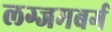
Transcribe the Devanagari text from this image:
लग्जमबर्ग